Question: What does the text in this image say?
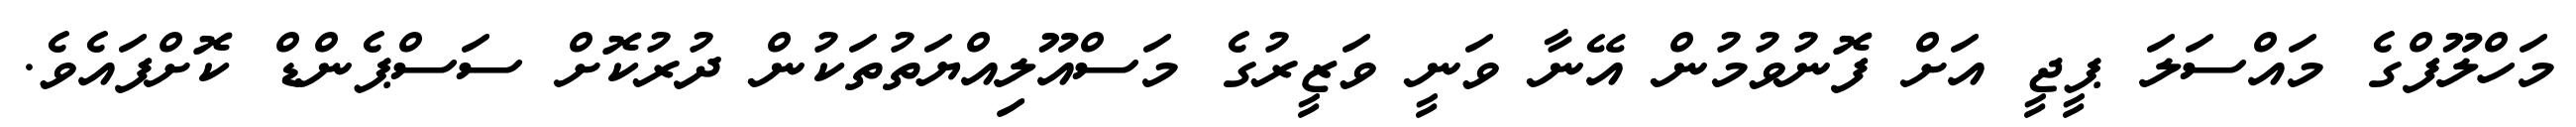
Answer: މަހްލޫފްގެ މައްސަލަ ޕީޖީ އަށް ފޮނުވުމުން އޭނާ ވަނީ ވަޒީރުގެ މަސްއޫލިއްޔަތުތަކުން ދުރުކޮށް ސަސްޕެންޑް ކޮށްފައެވެ.